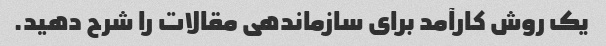
یک روش کارآمد برای سازماندهی مقالات را شرح دهید.